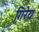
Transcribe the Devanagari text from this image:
गिरेय